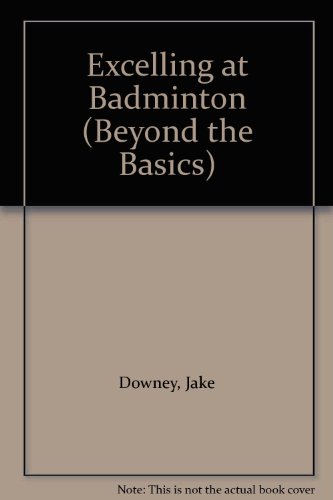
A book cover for Excelling at Badminton (Beyond the Basics); Jake Downey; Sports & Outdoors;